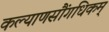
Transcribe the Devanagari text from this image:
कल्याणसौंगधिकम्